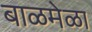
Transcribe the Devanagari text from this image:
बाळमेळा